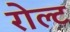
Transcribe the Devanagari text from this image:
रोल्ट